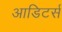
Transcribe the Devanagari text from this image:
आडिटर्स